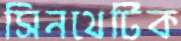
সিনথেটিক